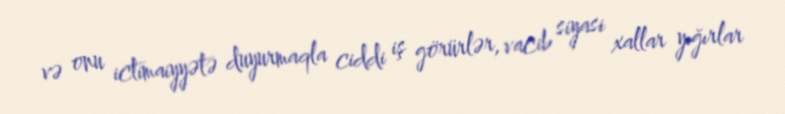
və onu ictimaiyyətə duyurmaqla ciddi iş görürlər, vacib siyasi xallar yığırlar